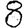
Digit: 8